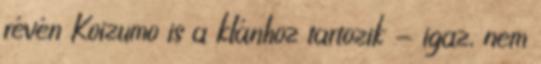
révén Koizumo is a klánhoz tartozik - igaz, nem